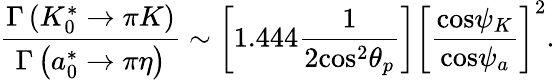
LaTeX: \frac{{\Gamma}\left(K_{0}^{*}\rightarrow\pi K\right)}{{\Gamma}\left(a_{0}^{*}\rightarrow\pi\eta\right)}\sim\left[1.444\frac{1}{2\mathrm{{cos}}^{2}{\theta}_{p}}\right]\left[{\frac{{\mathrm{cos}}{\psi}_{K}}{\mathrm{{cos}}{\psi}_{a}}}\right]^{2}.